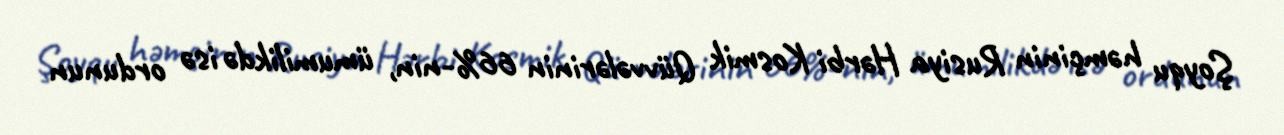
Şoyqu həmçinin Rusiya Hərbi Kosmik Qüvvələrinin 66%-nin, ümumilikdə isə ordunun